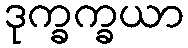
ဒုက္ခက္ခယာ